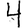
Digit: 4